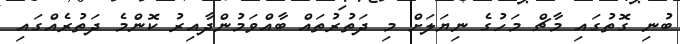
ބުނި ގޮތުގައި މާޗް މަހުގެ ނިޔަލަށް މި ދަތުރުތައް ބާއްވަމުންދާއިރު ކޮންމެ ދަތުރެއްގައި